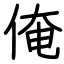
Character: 俺